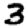
Digit: 3